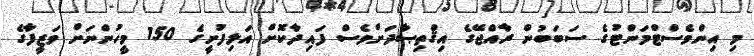
މި އިންވެސްޓްމަންޓުގެ ސަބަބުން ރާއްޖޭގެ އިޤްތިޞާދަށްވެސް ފައިދާކޮށް އަލިފުށީގެ 150 މީހުންނަށް ވަޒީފާގެ